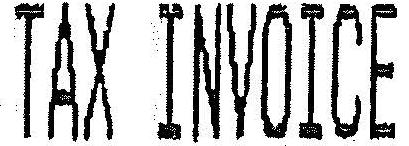
TAX INVOICE